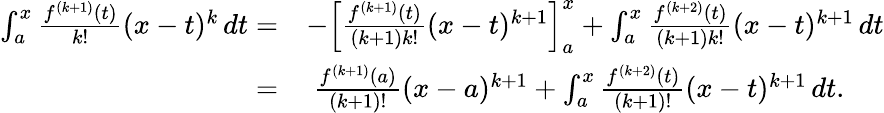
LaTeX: {\begin{array}{rl}{\int_{a}^{x}{\frac{f^{(k+1)}(t)}{k!}}(x-t)^{k}\, dt=}&{-\left[{\frac{f^{(k+1)}(t)}{(k+1)k!}}(x-t)^{k+1}\right]_{a}^{x}+\int_{a}^{x}{\frac{f^{(k+2)}(t)}{(k+1)k!}}(x-t)^{k+1}\, dt}\\ {=}&{\ {\frac{f^{(k+1)}(a)}{(k+1)!}}(x-a)^{k+1}+\int_{a}^{x}{\frac{f^{(k+2)}(t)}{(k+1)!}}(x-t)^{k+1}\, dt.}\end{array}}